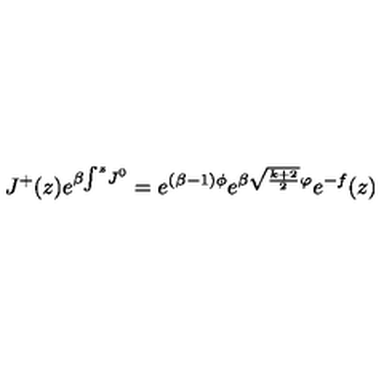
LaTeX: J ^ { + } ( z ) e ^ { \beta \! \int ^ { z } \! J ^ { 0 } } = e ^ { ( \beta - 1 ) \phi } e ^ { \beta \sqrt { \frac { k + 2 } { 2 } } \varphi } e ^ { - f } ( z )